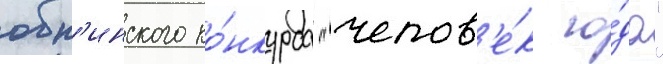
обн'инского ко́нкурса "челов'е́к го́да"